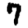
Digit: 7